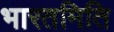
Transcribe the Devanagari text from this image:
भारतमिति